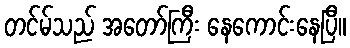
တင်မ်သည် အတော်ကြီး နေကောင်းနေပြီ။